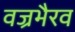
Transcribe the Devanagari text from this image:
वज्रभैरव